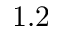
1 . 2